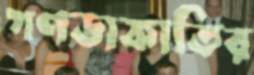
গণডাকাতির